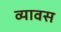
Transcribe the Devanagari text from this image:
व्यावस